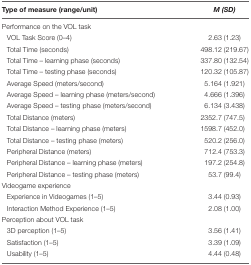
<table><thead><tr><td><b>Type of measure (range/unit)</b></td><td><b><i>M (SD)</i></b></td></tr></thead><tbody><tr><td>Performance on the VOL task</td><td></td></tr><tr><td>VOL Task Score (0–4)</td><td>2.63 (1.23)</td></tr><tr><td>Total Time (seconds)</td><td>498.12 (219.67)</td></tr><tr><td>Total Time – learning phase (seconds)</td><td>337.80 (132.54)</td></tr><tr><td>Total Time – testing phase (seconds)</td><td>120.32 (105.87)</td></tr><tr><td>Average Speed (meters/second)</td><td>5.164 (1.921)</td></tr><tr><td>Average Speed – learning phase (meters/second)</td><td>4.666 (1.396)</td></tr><tr><td>Average Speed – testing phase (meters/second)</td><td>6.134 (3.438)</td></tr><tr><td>Total Distance (meters)</td><td>2352.7 (747.5)</td></tr><tr><td>Total Distance – learning phase (meters)</td><td>1598.7 (452.0)</td></tr><tr><td>Total Distance – testing phase (meters)</td><td>520.2 (256.0)</td></tr><tr><td>Peripheral Distance (meters)</td><td>712.4 (753.3)</td></tr><tr><td>Peripheral Distance – learning phase (meters)</td><td>197.2 (254.8)</td></tr><tr><td>Peripheral Distance – testing phase (meters)</td><td>53.7 (99.4)</td></tr><tr><td>Videogame experience</td><td></td></tr><tr><td>Experience in Videogames (1–5)</td><td>3.44 (0.93)</td></tr><tr><td>Interaction Method Experience (1–5)</td><td>2.08 (1.00)</td></tr><tr><td>Perception about VOL task</td><td></td></tr><tr><td>3D perception (1–5)</td><td>3.56 (1.41)</td></tr><tr><td>Satisfaction (1–5)</td><td>3.39 (1.09)</td></tr><tr><td>Usability (1–5)</td><td>4.44 (0.48)</td></tr></tbody></table>